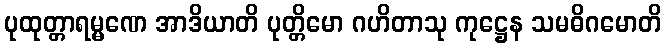
ပုထုတ္တာရမ္မဏေ အာဒိယာတိ ပုတ္တိမော ဂဟိတာသု ကုဋ္ဌေန သမဓိဂမောတိ